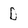
Character: D